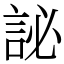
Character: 䛑